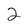
Character: 2